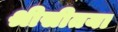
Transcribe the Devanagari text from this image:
श्रीसीतया